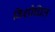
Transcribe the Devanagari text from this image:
विशोधित